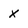
Character: x